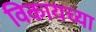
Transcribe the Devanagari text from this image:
विकायच्या